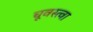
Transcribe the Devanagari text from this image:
चूवस्त्वा